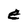
Character: e